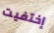
إختفيت